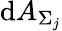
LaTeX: \mathrm{d}A_{\Sigma_{j}}